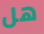
هل